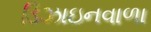
ડિઝાઇનવાળા